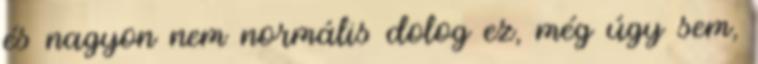
és nagyon nem normális dolog ez, még úgy sem,